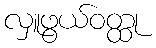
လှူဖွယ်ဝတ္ထု